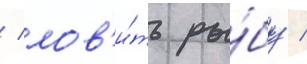
/ лов'и́ть ры́бу /